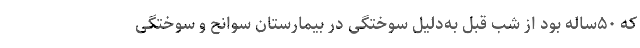
که ۵۰ساله بود از شب قبل به‌دلیل سوختگی در بیمارستان سوانح و سوختگی